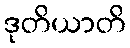
ဒုတိယာတိ